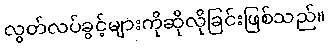
လွတ်လပ်ခွင့်များကိုဆိုလိုခြင်းဖြစ်သည်။